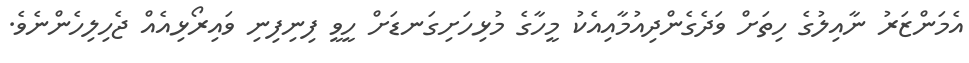
އެމަންޒަރު ނާއިލުގެ ހިތަށް ވަދެގެންދިއުމާއިއެކު މީހާގެ މުޅިހަށިގަނޑަށް ހީވީ ފިނިފިނި ވައިރޯޅިއެއް ޖެހިލިހެންނެވެ.